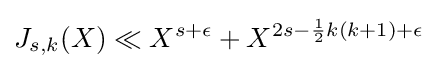
J_{s,k}(X)\ll X^{s+\epsilon }+X^{2s-{\frac {1}{2}}k(k+1)+\epsilon }